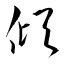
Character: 傾